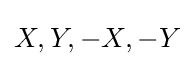
X,Y,-X,-Y